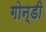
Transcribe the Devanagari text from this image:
गोन्डी